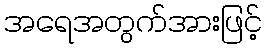
အရေအတွက်အားဖြင့်